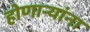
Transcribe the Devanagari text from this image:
होणाऱ्यांना